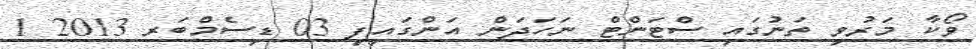
ވޯކާ މަރުވި ތަނުގައި ސްޓަންޓް ނަހަދަން އަންގައިފި 03 ޑިސެމްބަރ 2013 1